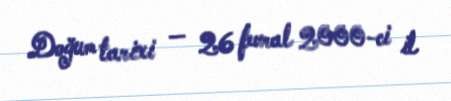
Doğum tarixi — 26 fevral 2000-ci il